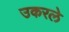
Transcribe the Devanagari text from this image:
उकरले